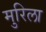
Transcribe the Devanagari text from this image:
मुरिला